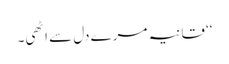
‘‘ قانیہ مرے دل سے اٹھی۔